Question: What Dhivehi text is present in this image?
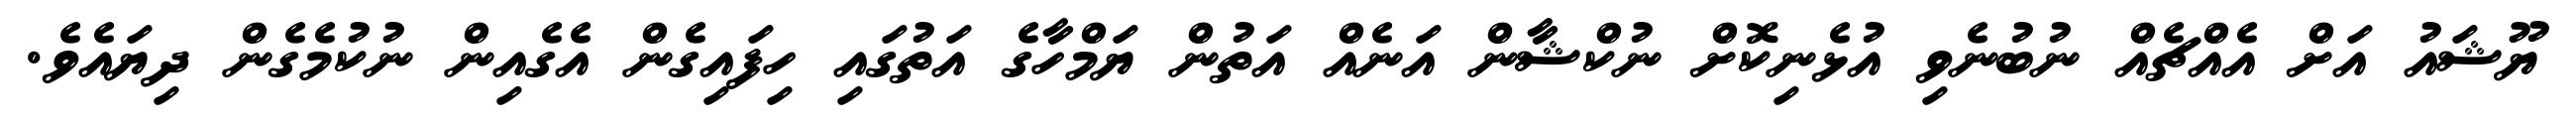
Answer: ޔޫޝައު އަށް އެއްޗެއް ނުބުނެވި އުޅެނިކޮށް ނުކްޝާން އަނެއް އަތުން ޔަމްހާގެ އަތުގައި ހިފައިގެން އެގެއިން ނުކުމެގެން ދިޔައެވެ.